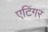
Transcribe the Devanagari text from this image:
एटिंगर